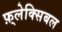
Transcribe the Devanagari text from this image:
फ़्लेक्सिबल